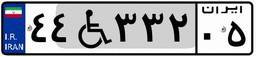
۴۴W۳۳۲۰۵